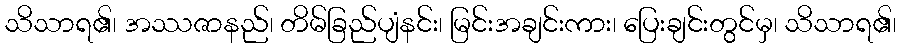
သိသာရ၏၊ အဿဇာနည်၊ တိမ်ခြည်ပျံနင်း၊ မြင်းအချင်းကား၊ ပြေးချင်းတွင်မှ၊ သိသာရ၏၊